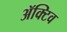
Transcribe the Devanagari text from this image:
ॲक्टिव